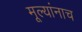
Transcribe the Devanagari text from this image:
मूल्यांनाच